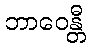
ဘာဝေန္တီ